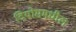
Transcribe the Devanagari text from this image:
दियोसमधील